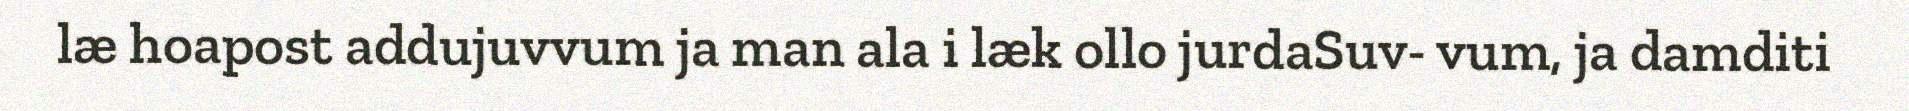
læ hoapost addujuvvum ja man ala i læk ollo jurdaSuv- vum, ja damditi